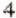
4